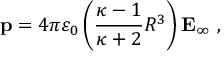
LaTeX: \mathbf { p } = 4 \pi \varepsilon _ { 0 } \left( { \frac { \kappa - 1 } { \kappa + 2 } } R ^ { 3 } \right) \mathbf { E } _ { \infty } \ ,